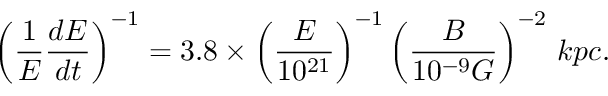
\left( \frac { 1 } { E } \frac { d E } { d t } \right) ^ { - 1 } = 3 . 8 \times \left( \frac { E } { 1 0 ^ { 2 1 } } \right) ^ { - 1 } \left( \frac { B } { 1 0 ^ { - 9 } G } \right) ^ { - 2 } \, k p c .